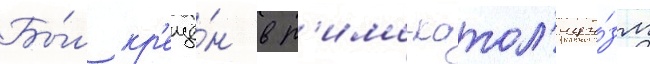
Бы́л кр'ещё́н в р'имо-катол'ици́зм